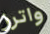
واترز